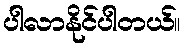
ပါလာနိုင်ပါတယ်။